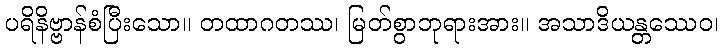
ပရိနိဗ္ဗာန်စံပြီးသော။ တထာဂတဿ၊ မြတ်စွာဘုရားအား။ အသာဒိယန္တဿေဝ၊